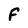
Character: F